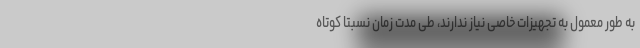
به طور معمول به تجهیزات خاصی نیاز ندارند، طی مدت زمان نسبتا کوتاه